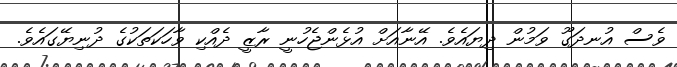
ވެސް އުނދަގޫ ވަމުން ދިޔައެވެ. އޭނާއަށް އުޅެންޖެހުނީ ރާޒީ ދެއްކި ވާހަކަތަކުގެ ދުނިޔޭގައެވެ.